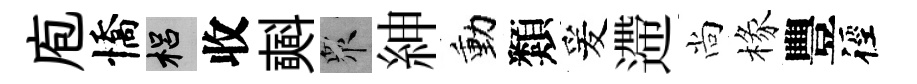
庖憍梠收𣂏衆紳動類爰遰尚椽豐徑